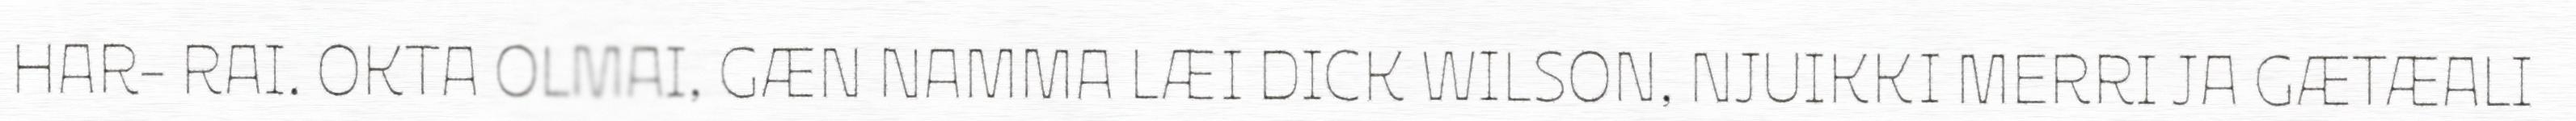
HAR- RAI. OKTA OLMAI, GÆN NAMMA LÆI DICK WILSON, NJUIKKI MERRI JA GÆTÆALI